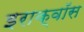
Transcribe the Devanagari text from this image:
इराक्वॉस